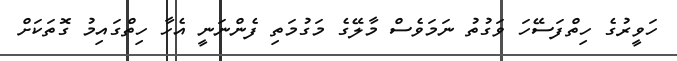
ހަވީރުގެ ހިތްފަސޭހަ ވަގުތު ނަމަވެސް މާލޭގެ މަގުމަތި ފެންނަނީ އެހާ ހިތްގައިމު ގޮތަކަށް